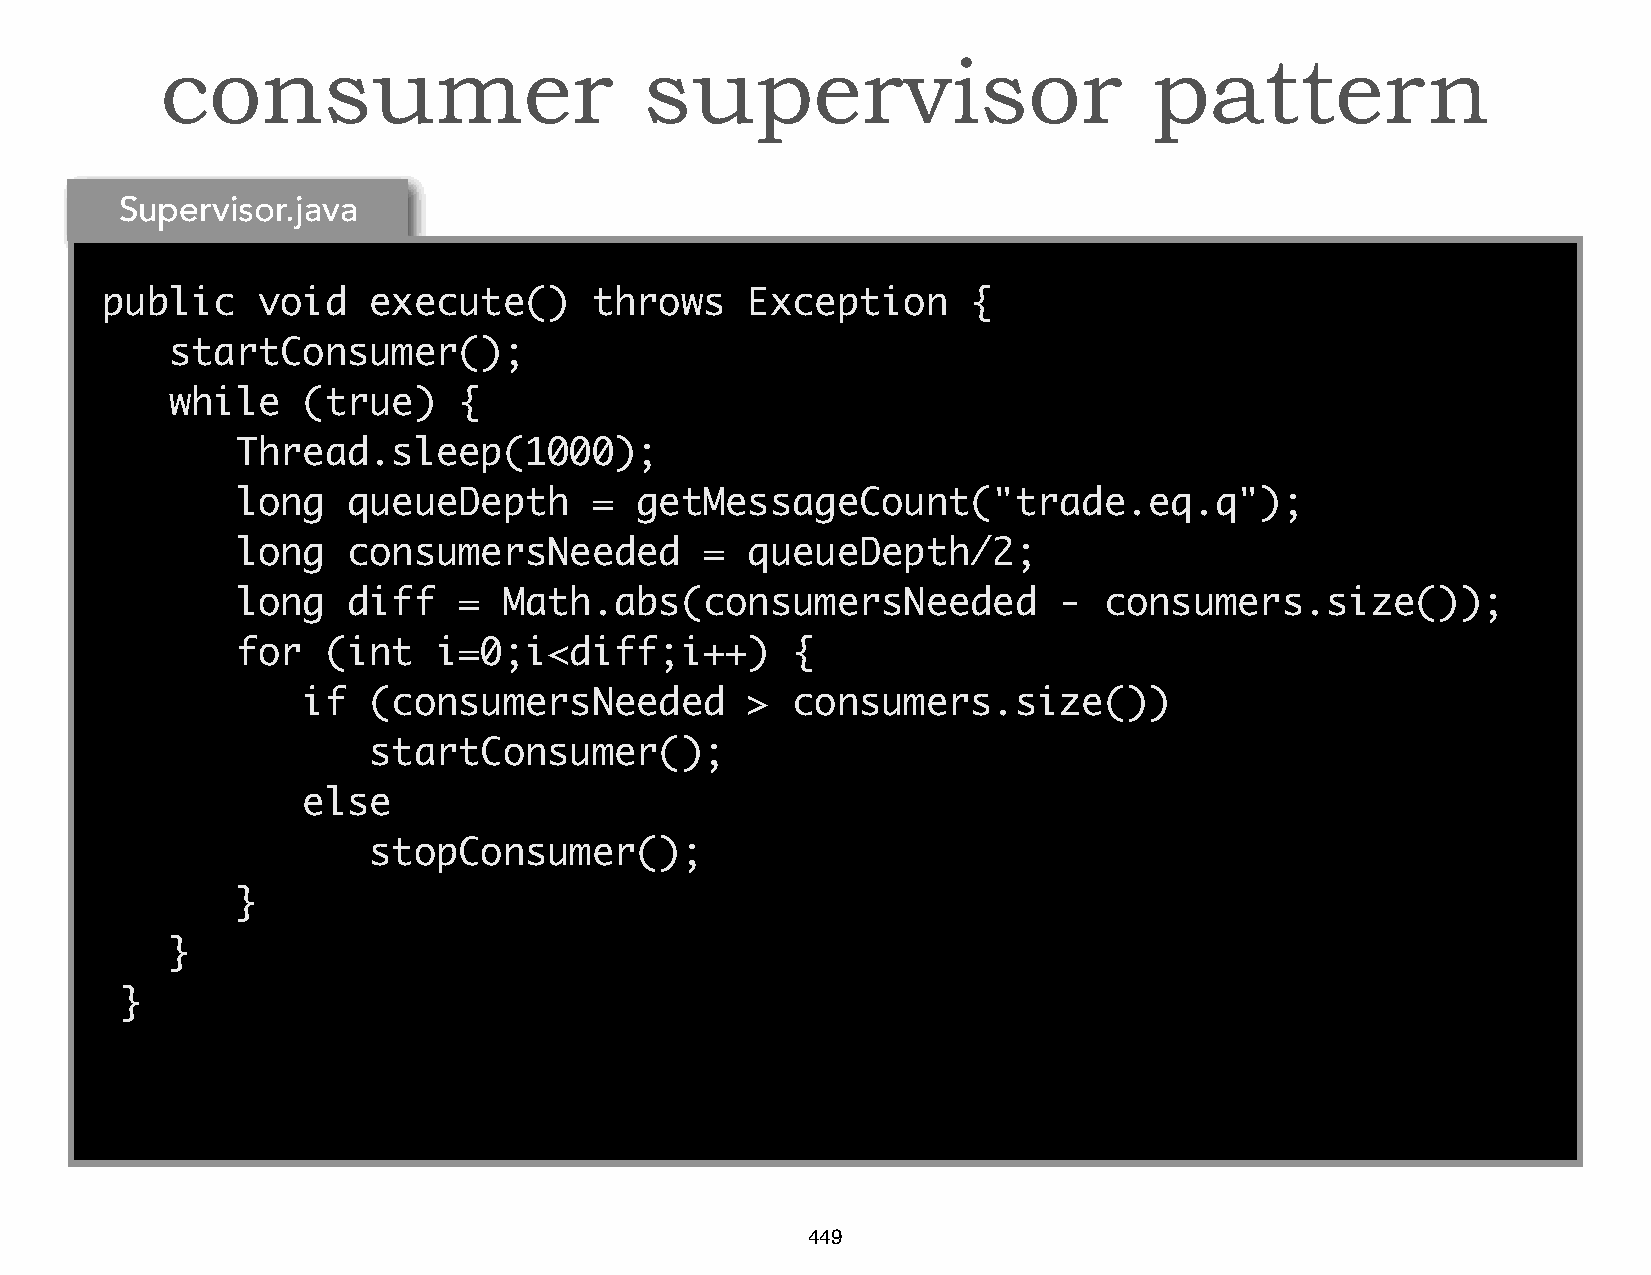
consumer                        supervisor                       pattern
 Supervisor.java
 public    void   execute()      throws    Exception      {
 startConsumer();
 while    (true)    {
 Thread.sleep(1000);
 long   queueDepth      =  getMessageCount("trade.eq.q");
 long   consumersNeeded         = queueDepth/2;
 long   diff   =  Math.abs(consumersNeeded             -  consumers.size());
 for  (int    i=0;i<diff;i++)        {
 if  (consumersNeeded         >  consumers.size())
 startConsumer();
 else
 stopConsumer();
 }
 }
 }
 449